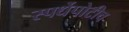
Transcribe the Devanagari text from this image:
स्पर्धेपोटीच